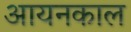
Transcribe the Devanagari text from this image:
आयनकाल